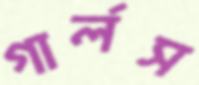
গার্লস